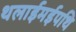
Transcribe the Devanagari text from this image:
थलाईमईपथि